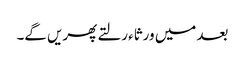
بعد میں ورثاء رلتے پھریں گے۔